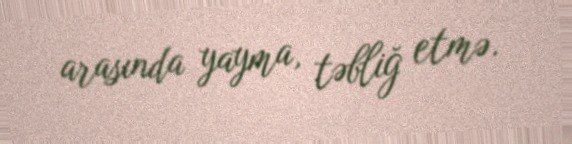
arasında yayma, təbliğ etmə.